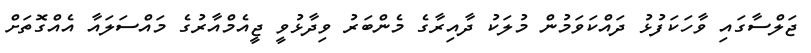
ޖަލްސާގައި ވާހަކަފުޅު ދައްކަވަމުން މުލަކު ދާއިރާގެ މެންބަރު ވިދާޅުވީ ޖީއެމްއާރުގެ މައްސަލައާ އެއްގޮތަށް